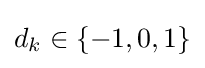
d_{k}\in \{-1,0,1\}